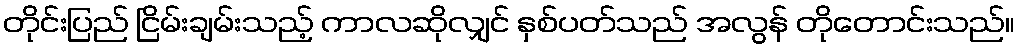
တိုင်းပြည် ငြိမ်းချမ်းသည့် ကာလဆိုလျှင် နှစ်ပတ်သည် အလွန် တိုတောင်းသည်။